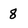
Character: 8